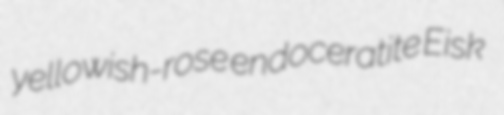
yellowish-rose endoceratite Eisk